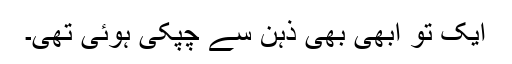
ایک تو ابھی بھی ذہن سے چِپکی ہوئی تھی۔